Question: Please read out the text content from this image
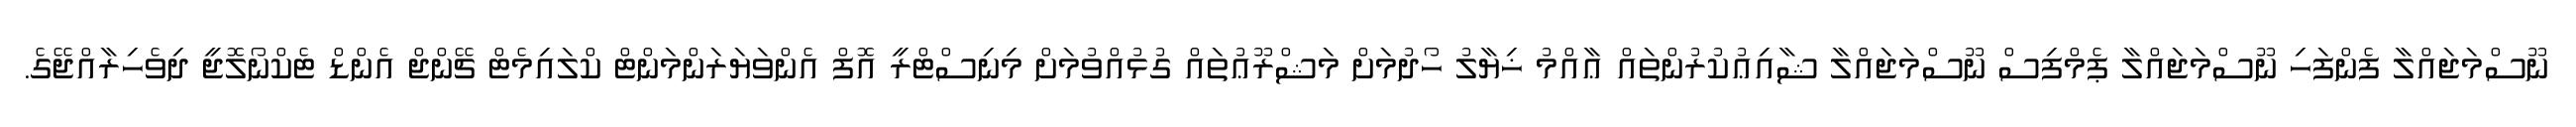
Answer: ނޫސްމަޖައްލާ ފެންފަހި ނޫސްމަޖައްލާ ޕެމްފިސް ނޫސްމަޖައްލާ ޝާއިޢުކުރުންތައް ޢާއްމު ޚިޔާލު ހޯދުމަށް މަޝްރޫޢުތައް ގުޅުއްވުމަށް މިނިސްޓްރީ އޮފް އެންވަޔަރަންމަންޓް ކްލައިމެޓް ޗޭންޖް އެންޑް ޓެކްނޯލޮޖީ ދިވެހިރާއްޖޭގެ.